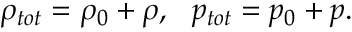
\rho _ { t o t } = \rho _ { 0 } + \rho , \ \ p _ { t o t } = p _ { 0 } + p .